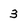
Character: 3